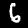
Label: 6